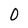
Character: 0